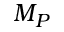
M _ { P }